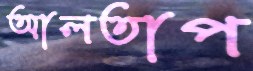
আলতাপ